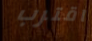
اقترب